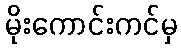
မိုးကောင်းကင်မှ